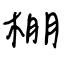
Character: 棚